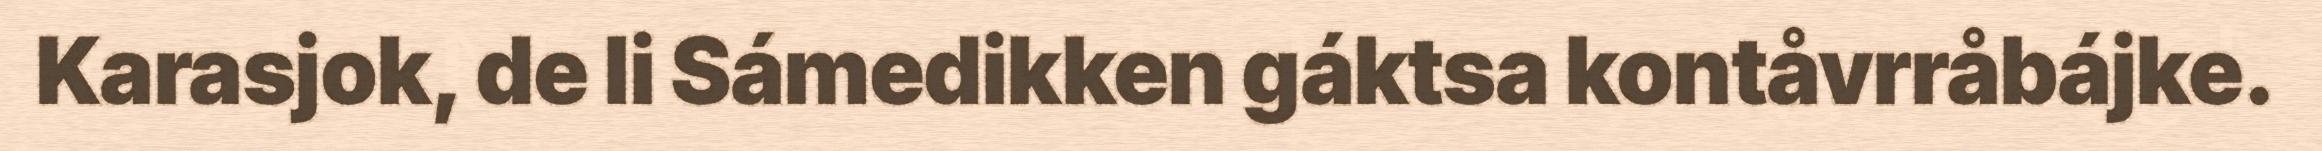
Karasjok, de li Sámedikken gáktsa kontåvrråbájke.